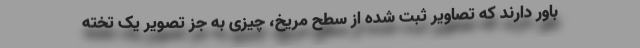
باور دارند که تصاویر ثبت شده از سطح مریخ، چیزی به جز تصویر یک تخته